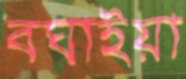
বঘাইয়া